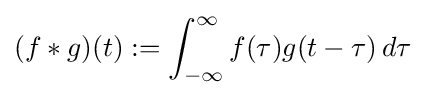
(f*g)(t):=\int _{-\infty }^{\infty }f(\tau )g(t-\tau )\,d\tau